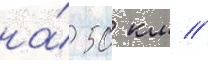
на́ 50 км //